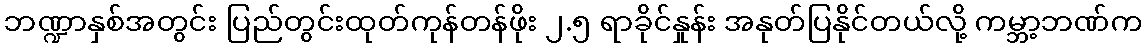
ဘဏ္ဍာနှစ်အတွင်း ပြည်တွင်းထုတ်ကုန်တန်ဖိုး ၂.၅ ရာခိုင်နှုန်း အနုတ်ပြနိုင်တယ်လို့ ကမ္ဘာ့ဘဏ်က